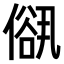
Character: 𠍠